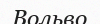
Вольво